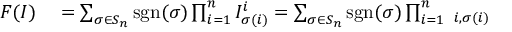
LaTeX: \begin{array} { r l } { F ( I ) } & { { } = \sum _ { \sigma \in S _ { n } } \operatorname { s g n } ( \sigma ) \prod _ { i = 1 } ^ { n } I _ { \sigma ( i ) } ^ { i } = \sum _ { \sigma \in S _ { n } } \operatorname { s g n } ( \sigma ) \prod _ { i = 1 } ^ { n } \operatorname { \delta } _ { i , \sigma ( i ) } } \end{array}